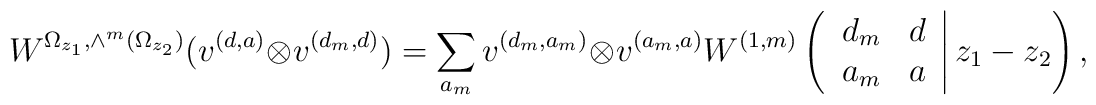
W^{\Omega_{z_1}, \wedge^m (\Omega_{z_2})}(v^{(d,a)}\otimes v^{(d_m , d)})=\sum_{a_m} v^{(d_m, a_m)}\otimes v^{(a_m , a)}W^{(1,m)}\left( \left. \begin{array}{cc} d_m & d \\ a_m & a \end{array} \right| z_1 -z_2 \right),